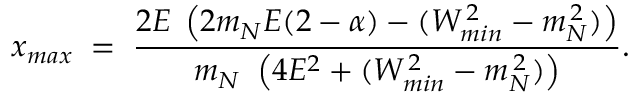
x _ { m a x } \; = \; { \frac { 2 E \; \left( { 2 m _ { N } E ( 2 - \alpha ) - ( W _ { m i n } ^ { \, 2 } - m _ { N } ^ { \, 2 } ) } \right) } { m _ { N } \, \, \left( { 4 E ^ { 2 } + ( W _ { m i n } ^ { \, 2 } - m _ { N } ^ { \, 2 } ) } \right) } } .